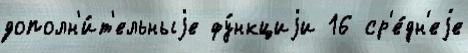
дополн'и́т'ельныjе фу́нкциjи 16 ср'е́дн'еjе